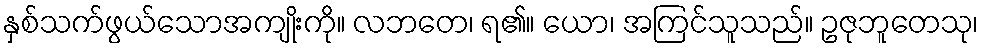
နှစ်သက်ဖွယ်သောအကျိုးကို။ လဘတေ၊ ရ၏။ ယော၊ အကြင်သူသည်။ ဥဇုဘူတေသု၊